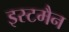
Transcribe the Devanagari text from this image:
इस्टमैन